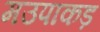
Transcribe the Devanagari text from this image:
मउपाकड़